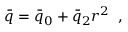
\begin{array} { r } { \Bar { q } = \Bar { q } _ { 0 } + \Bar { q } _ { 2 } r ^ { 2 } \; \; , } \end{array}